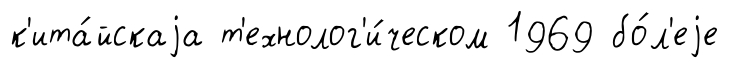
к'ита́йскаjа т'ехнолог'и́ческом 1969 бо́л'еjе